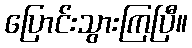
ပြောင်းသွားကြပြီ။